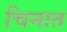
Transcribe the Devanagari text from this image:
चिनात